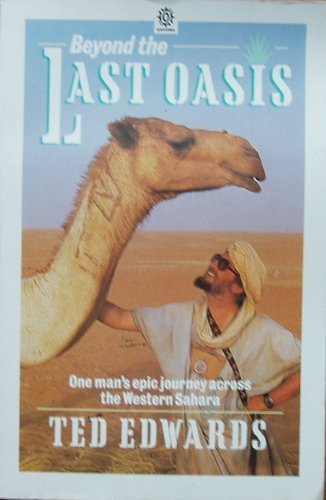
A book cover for Beyond the Last Oasis: Solo Walk in the Western Sahara (Oxford Paperbacks); Ted Edwards; Travel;